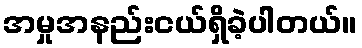
အမှုအနည်းငယ်ရှိခဲ့ပါတယ်။